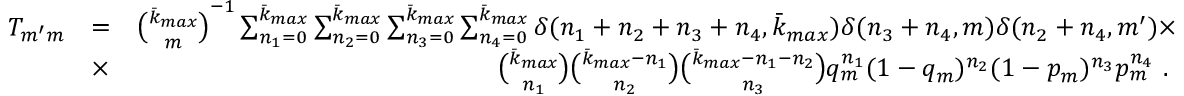
\begin{array} { r l r } { T _ { m ^ { \prime } m } } & { = } & { \binom { \bar { k } _ { m a x } } { m } ^ { - 1 } \sum _ { n _ { 1 } = 0 } ^ { \bar { k } _ { m a x } } \sum _ { n _ { 2 } = 0 } ^ { \bar { k } _ { m a x } } \sum _ { n _ { 3 } = 0 } ^ { \bar { k } _ { m a x } } \sum _ { n _ { 4 } = 0 } ^ { \bar { k } _ { m a x } } \delta ( n _ { 1 } + n _ { 2 } + n _ { 3 } + n _ { 4 } , { \bar { k } _ { m a x } } ) \delta ( n _ { 3 } + n _ { 4 } , m ) \delta ( n _ { 2 } + n _ { 4 } , m ^ { \prime } ) \times } \\ & { \times } & { \binom { { \bar { k } _ { m a x } } } { n _ { 1 } } \binom { { \bar { k } _ { m a x } } - n _ { 1 } } { n _ { 2 } } \binom { { \bar { k } _ { m a x } } - n _ { 1 } - n _ { 2 } } { n _ { 3 } } q _ { m } ^ { n _ { 1 } } ( 1 - q _ { m } ) ^ { n _ { 2 } } ( 1 - p _ { m } ) ^ { n _ { 3 } } p _ { m } ^ { n _ { 4 } } \ . \ } \end{array}